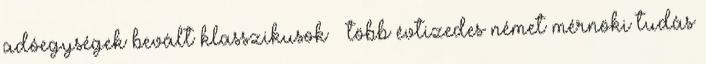
adóegységek bevált klasszikusok – több évtizedes német mérnöki tudás